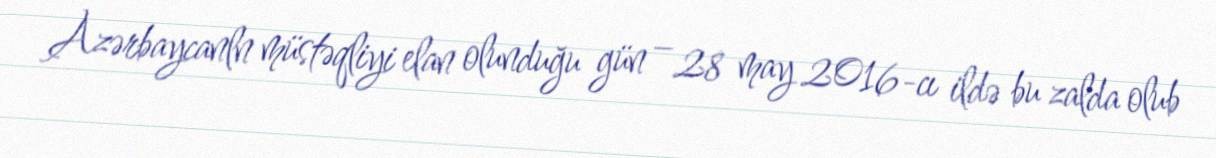
Azərbaycanln müstəqliyi elan olunduğu gün – 28 may 2016-cı ildə bu zalda olub